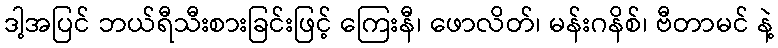
ဒါ့အပြင် ဘယ်ရီသီးစားခြင်းဖြင့် ကြေးနီ၊ ဖောလိတ်၊ မန်းဂနိစ်၊ ဗီတာမင် နဲ့